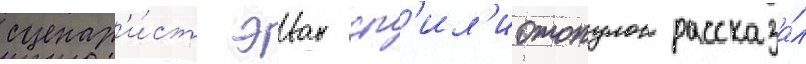
сценар'и́ст эван сп'ил'иотопулос рассказа́л